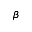
\beta